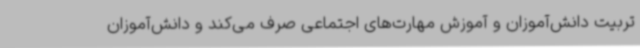
تربیت دانش‌آموزان و آموزش مهارت‌های اجتماعی صرف می‌کند و دانش‌آموزان